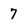
Character: 7